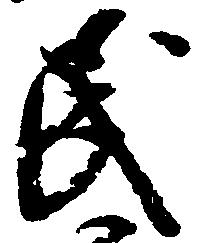
民